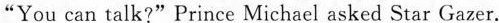
"You can talk?" Prince Michael asked Star Gazer.